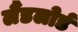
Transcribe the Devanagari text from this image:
लैंडलोर्ड